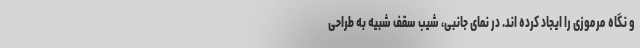
و نگاه مرموزی را ایجاد کرده اند. در نمای جانبی، شیب سقف شبیه به طراحی